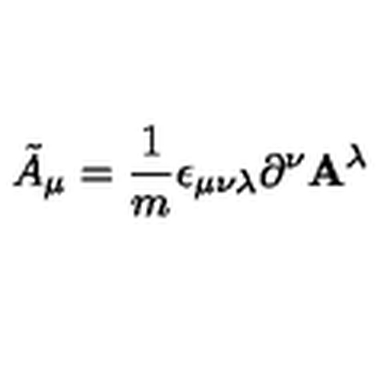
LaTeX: { \tilde { A } } _ { \mu } = \frac { 1 } { m } \epsilon _ { \mu \nu \lambda } \partial ^ { \nu } { \bf A } ^ { \lambda }